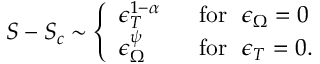
S - S _ { c } \sim \left\{ \begin{array} { l l } { { \epsilon _ { T } ^ { 1 - \alpha } } } & { { \ \ \mathrm { f o r } \ \ \epsilon _ { \Omega } = 0 } } \\ { { \epsilon _ { \Omega } ^ { \psi } } } & { { \ \ \mathrm { f o r } \ \ \epsilon _ { T } = 0 . } } \end{array} \right.